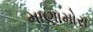
માણામોરા